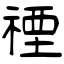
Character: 禋